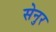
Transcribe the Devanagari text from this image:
सेनुर